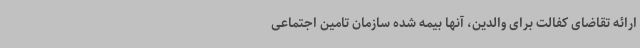
ارائه تقاضای کفالت برای والدین، آنها بیمه شده سازمان تامین اجتماعی